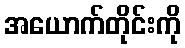
အယောက်တိုင်းကို